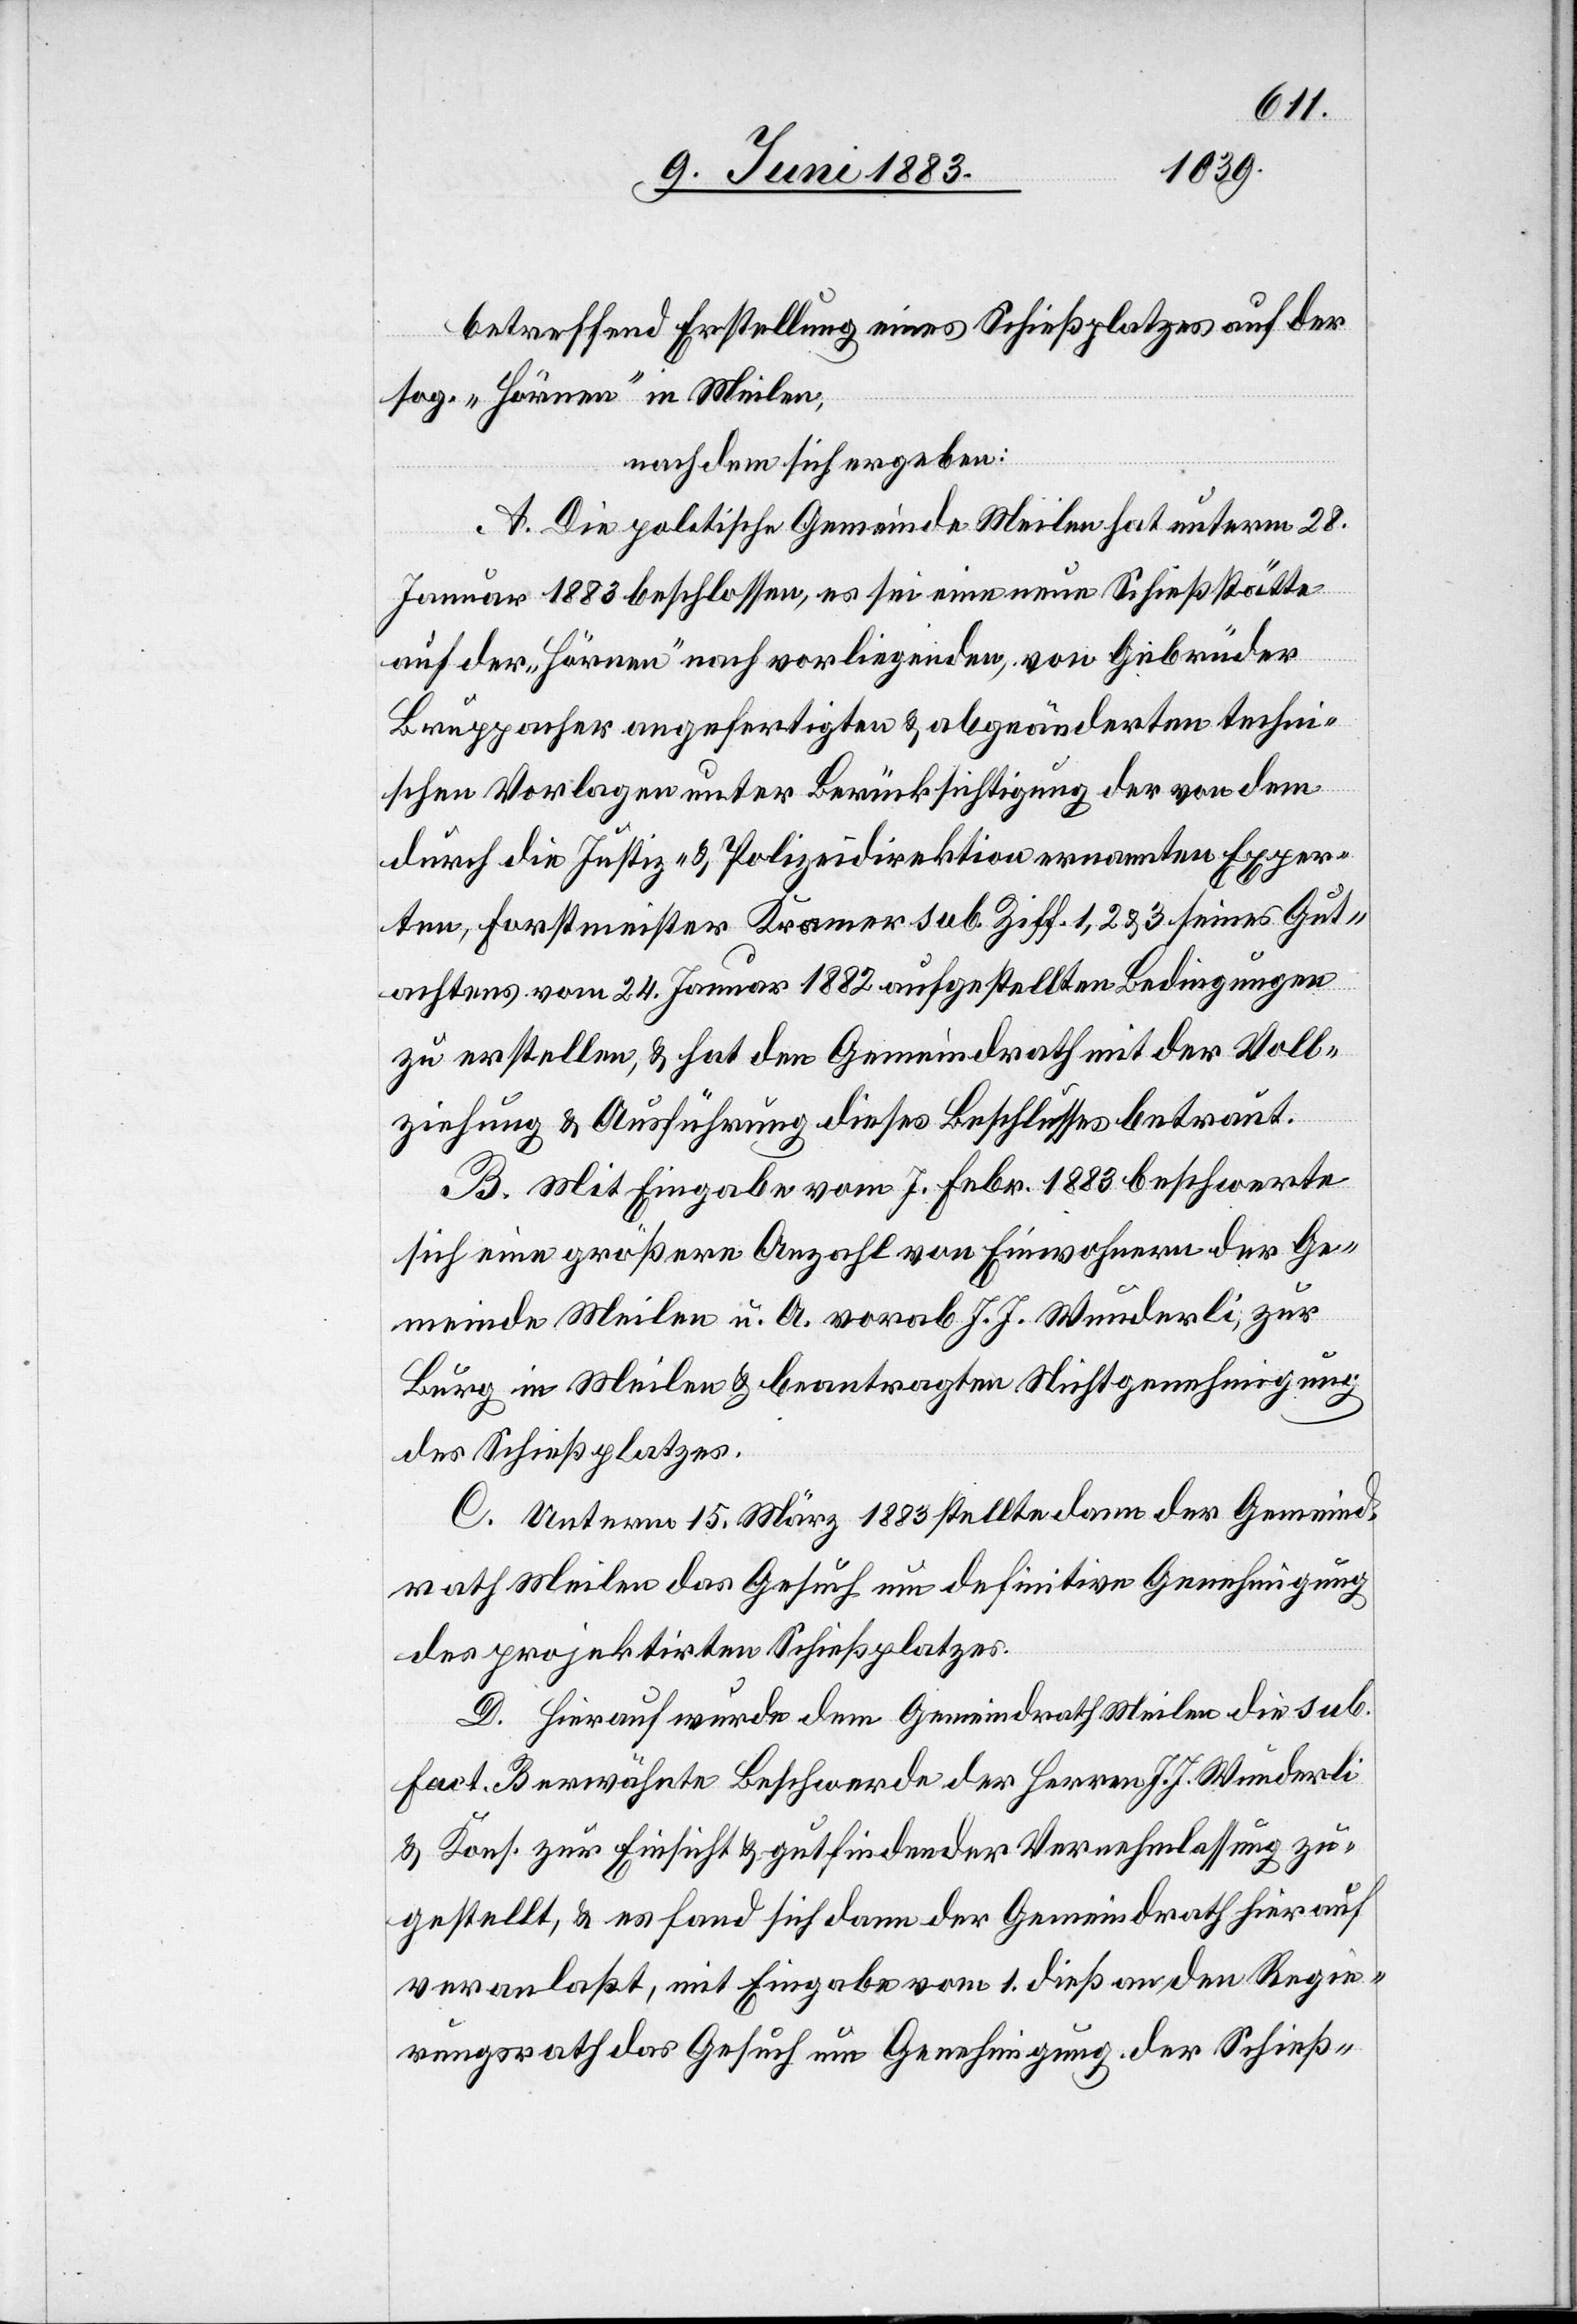
betreffend Erstellung eines Schießplatzes auf der
sog. „Hörnen“ in Meilen,
nachdem sich ergeben:
A. Die politische Gemeinde Meilen hat unterm 28.
Januar 1883 beschlossen, es sei eine neue Schießstätte
auf der „Hörnen“ nach vorliegenden, von Gebrüder
Bruppacher angefertigten & abgeänderten techni¬
schen Vorlagen unter Berücksichtigung der von dem
durch die Justiz- & Polizeidirektion ernannten Exper¬
ten, Forstmeister Kramer sub. Ziff. 1, 2 & 3 seines Gut¬
achtens vom 24. Januar 1882 aufgestellten Bedingungen
zu erstellen, & hat den Gemeindrath mit der Voll¬
ziehung & Ausführung dieses Beschlusses betraut.
B. Mit Eingabe vom 7. Febr. 1883 beschwerte
sich eine größere Anzahl von Einwohnern der Ge¬
meinde Meilen u. A. vorab J. J. Wunderli, zur
Burg in Meilen & beantragten Nichtgenehmigung
des Schießplatzes.
C. Unterm 15. März 1883 stellte dann der Gemeind¬
rath Meilen das Gesuch um definitive Genehmigung
des projektirten Schießplatzes.
D. Hierauf wurde dem Gemeindrath Meilen die sub.
Fact. B erwähnte Beschwerde der Herren J. J. Wunderli
& Kons. zur Einsicht & gutfindender Vernehmlassung zu¬
gestellt, & es fand sich dann der Gemeindrath hierauf
veranlaßt, mit Eingabe vom 1. dieß an den Regie¬
rungsrath das Gesuch um Genehmigung der Schieß-